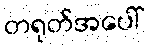
တရုတ်အပေါ်